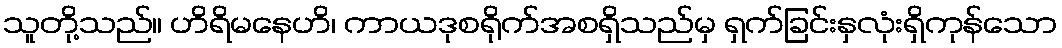
သူတို့သည်။ ဟိရိမနေဟိ၊ ကာယဒုစရိုက်အစရှိသည်မှ ရှက်ခြင်းနှလုံးရှိကုန်သော